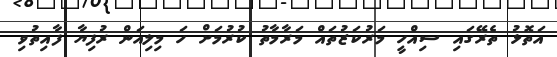
އަތޮޅު ތެރޭގައި ސިއްހީ މަރުކަޒުތައް މަރާމާތު ކުރުމަށް ހަ މިލިއަން ރުފިޔާ ފާއިތުވި